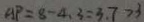
A P = 8 - 4 . 3 = 3 . 7 > 3